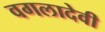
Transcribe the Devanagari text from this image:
वगलादेवी